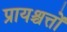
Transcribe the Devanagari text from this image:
प्रायश्चत्तों